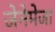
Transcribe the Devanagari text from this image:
जेनेमेजा